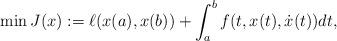
LaTeX: \begin{align*} \min J(x):=\ell(x(a),x(b)) +\int_a^b f(t,x(t), \dot{x}(t)) dt,\end{align*}